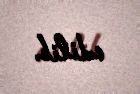
edilib.